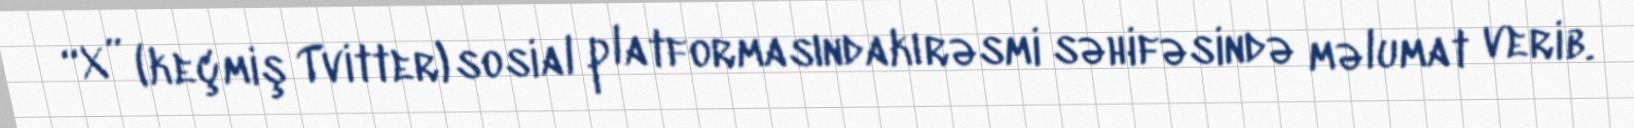
“X” (keçmiş Tvitter) sosial platformasındakı rəsmi səhifəsində məlumat verib.